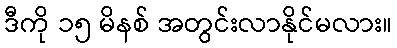
ဒီကို ၁၅ မိနစ် အတွင်းလာနိုင်မလား။